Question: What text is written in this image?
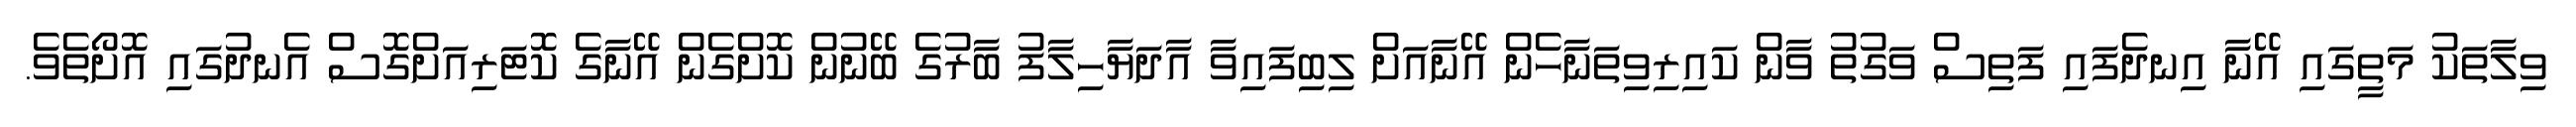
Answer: ވިލާތަކު މަތީގައި އޭނާ އިނދެފައި ފަތިސް ވަގުތު ވާން ކައިރިވިތަނާހެން އޭނާއަށް ލިބިފައިވާ އާދަޔާހިލާފު ބާރުގެ ބޭނުން ކޮށްގެން އޭނާގެ ކޮޓަރިއަށްގޮސް އެނދުގައި އޮށޯތެވެ.